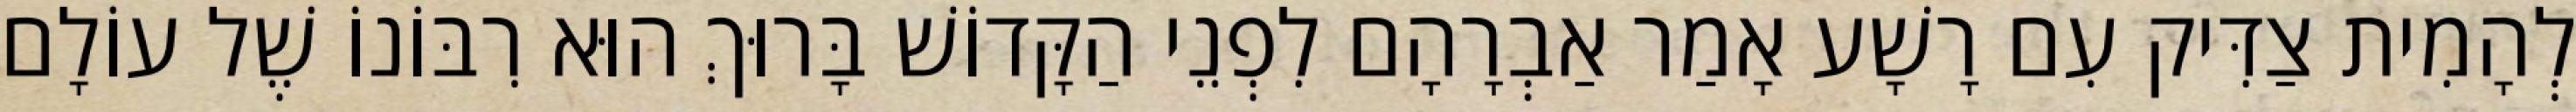
לְהָמִית צַדִּיק עִם רָשָׁע אָמַר אַבְרָהָם לִפְנֵי הַקָּדוֹשׁ בָּרוּךְ הוּא רִבּוֹנוֹ שֶׁל עוֹלָם